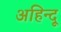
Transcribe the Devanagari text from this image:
अहिन्दू